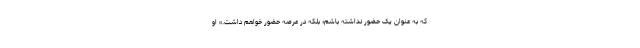
که به عنوان یک حضور نداشته باشم؛ بلکه در عرصه حضور خواهم داشت.» او